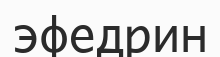
эфедрин